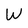
Character: W